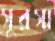
সুরসা